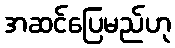
အဆင်ပြေမည်ဟု